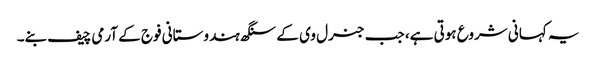
یہ کہانی شروع ہوتی ہے، جب جنرل وی کے سنگھ ہندوستانی فوج کے آرمی چیف بنے۔